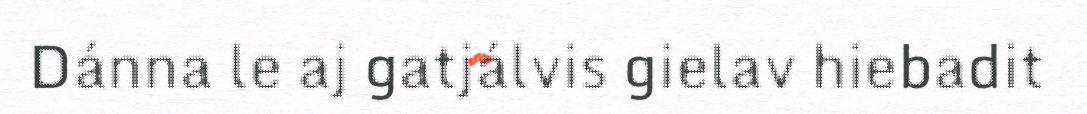
Dánna le aj gatjálvis gielav hiebadit